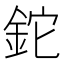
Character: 鉈